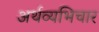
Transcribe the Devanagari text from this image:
अर्थव्यभिचार